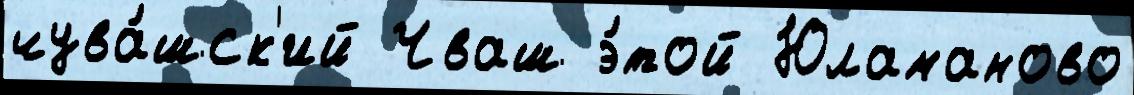
чува́шск'ий Чваш э́той Юламаново